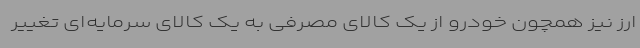
ارز نیز همچون خودرو از یک کالای مصرفی به یک کالای سرمایه‌ای تغییر